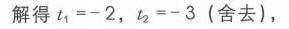
解得 \(t_1 = - 2\)，\(t_2 = - 3\)（舍去），